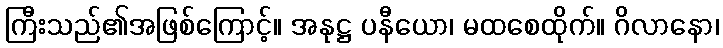
ကြီးသည်၏အဖြစ်ကြောင့်။ အနုဋ္ဌ ပနီယော၊ မထစေထိုက်။ ဂိလာနော၊